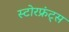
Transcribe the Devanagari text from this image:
स्टोरफ्रंट्स